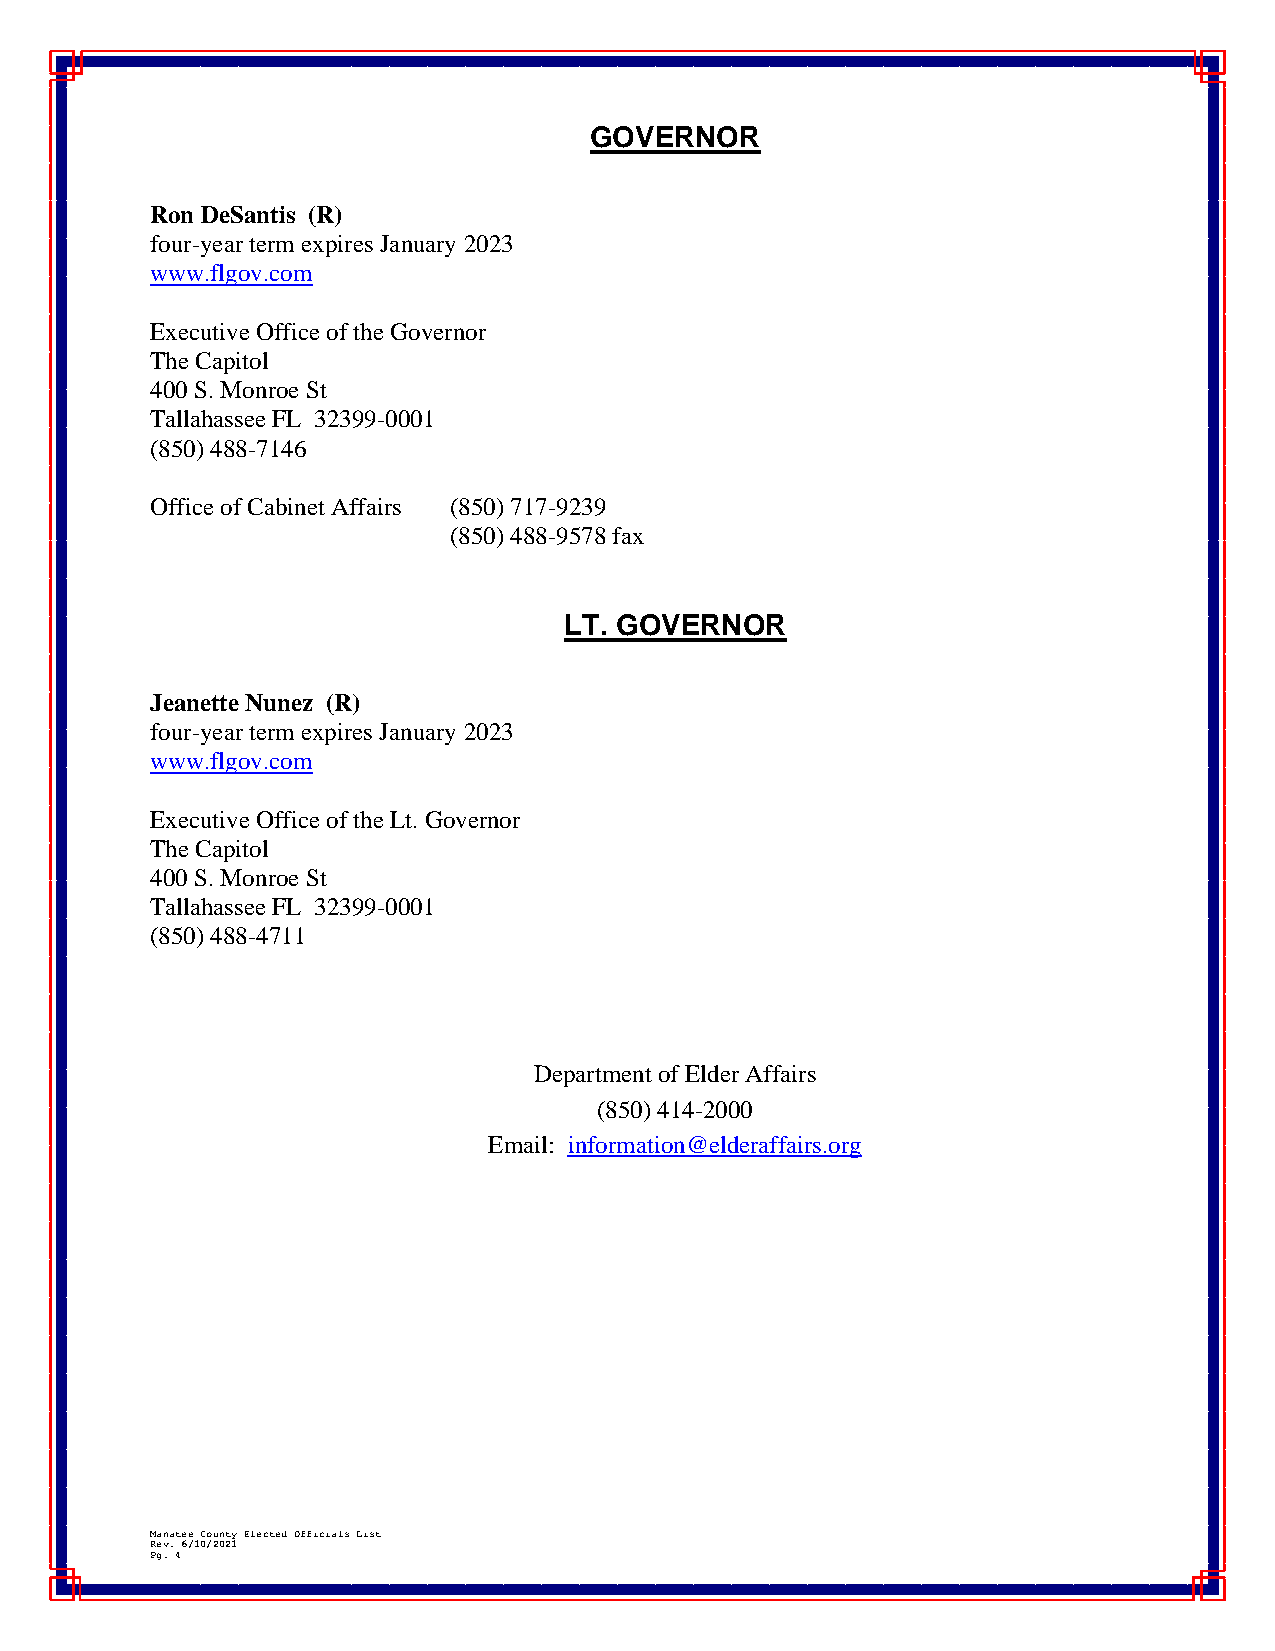
GOVERNOR
 Ron DeSantis (R)
 four-year term expires January 2023
 www.flgov.com
 Executive Office of the Governor
 The Capitol
 400 S. Monroe St
 Tallahassee FL 32399-0001
 (850) 488-7146
 Office of Cabinet Affairs (850) 717-9239
 (850) 488-9578 fax
 LT. GOVERNOR
 Jeanette Nunez (R)
 four-year term expires January 2023
 www.flgov.com
 Executive Office of the Lt. Governor
 The Capitol
 400 S. Monroe St
 Tallahassee FL 32399-0001
 (850) 488-4711
 Department of Elder Affairs
 (850) 414-2000
 Email: information@elderaffairs.org
 Manatee County Elected Officials List
 Rev. 6/10/2021
 Pg. 4